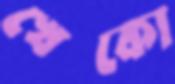
খেকো